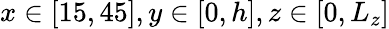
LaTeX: x\in[15,45],y\in[0,h],z\in[0,L_{z}]